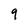
Character: 9